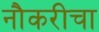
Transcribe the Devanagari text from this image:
नौकरीचा